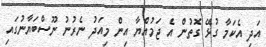
އަދި އެކަމާ ގުޅޭ ގޮތުން އެ ޖަމުއްޔާ އިން މިއަދު ނެރުނު ނޫސްބަޔާނުގައި